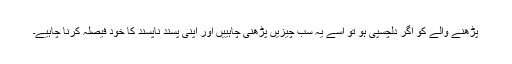
پڑھنے والے کو اگر دلچسپی ہو تو اسے یہ سب چیزیں پڑھنی چاہییں اور اپنی پسند ناپسند کا خود فیصلہ کرنا چاہیے۔